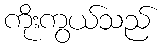
ကိုးကွယ်သည်